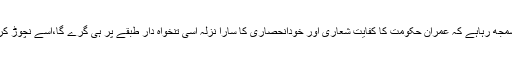
کیوں کہ اَب یہ سمجھ رہاہے کہ عمران حکومت کا کفایت شعاری اور خودانحصاری کا سارا نزلہ اِسی تنخواہ دار طبقے پر ہی گرے گا،اِسے نچوڑ کر ہی خالی پڑاہوا۔